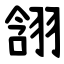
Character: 䎏